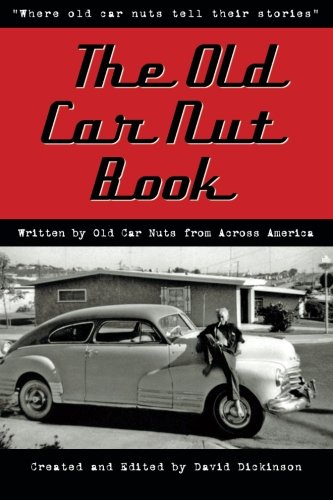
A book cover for The Old Car Nut Book: "Where old car nuts tell their stories" (Volume 1); David Dickinson; Engineering & Transportation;